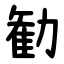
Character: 勧